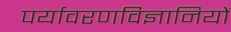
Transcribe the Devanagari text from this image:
पर्यावरणविज्ञानियों